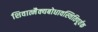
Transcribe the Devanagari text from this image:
शिवात्मैक्यबोधावस्थितिपूर्वक